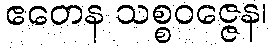
ဧတေန သစ္စဝဇ္ဇေန၊